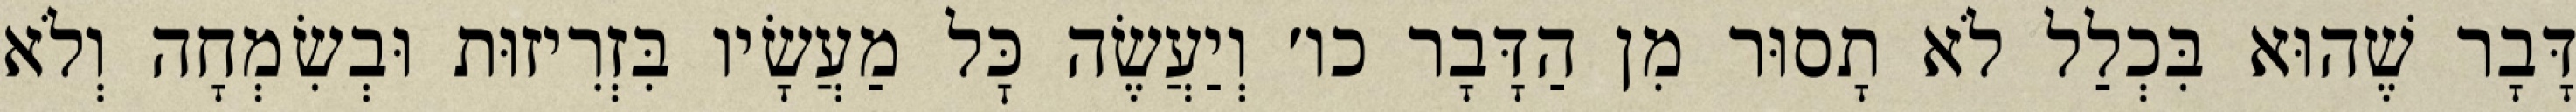
דָּבָר שֶׁהוּא בִּכְלַל לֹא תָסוּר מִן הַדָּבָר כו׳ וְיַעֲשֶׂה כׇּל מַעֲשָׂיו בִּזְרִיזוּת וּבְשִׂמְחָה וְלֹא